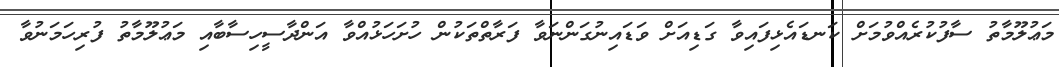
މަޢުލޫމާތު ސާފުކުރެއްވުމަށް ކަނޑައެޅިފައިވާ ގަޑިއަށް ވަޑައިނުގަންނަވާ ފަރާތްތަކުން ހުށަހަޅުއްވާ އަންދާސީހިސާބާއި މަޢުލޫމާތު ފުރިހަމަނުވާ